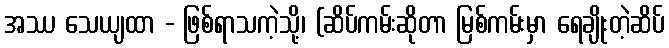
အဿ သေယျထာ - ဖြစ်ရာသကဲ့သို့၊ (ဆိပ်ကမ်းဆိုတာ မြစ်ကမ်းမှာ ရေချိုးတဲ့ဆိပ်